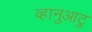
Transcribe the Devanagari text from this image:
व्हानुआटु